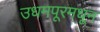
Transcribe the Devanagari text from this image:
उधमपूरमधून